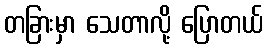
တခြားမှာ သေတာလို့ ပြောတယ်